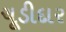
ચૂડીદાર